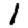
Digit: 1